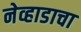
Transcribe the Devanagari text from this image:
नेव्हाडाचा